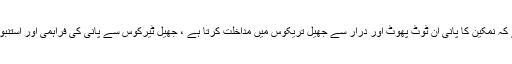
نہر کھولنے کے بعد ، اس بات کو دھیان میں رکھنا چاہئے کہ نمکین کا پانی ان ٹوٹ پھوٹ اور درار سے جھیل تریکوس میں مداخلت کرتا ہے ، جھیل ٹیرکوس سے پانی کی فراہمی اور استنبول کے بڑے حصے کی پانی کی کمی کا نتیجہ ہوسکتا ہے۔